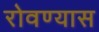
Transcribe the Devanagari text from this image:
रोवण्यास